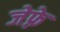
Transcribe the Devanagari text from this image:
जेफ़्रे